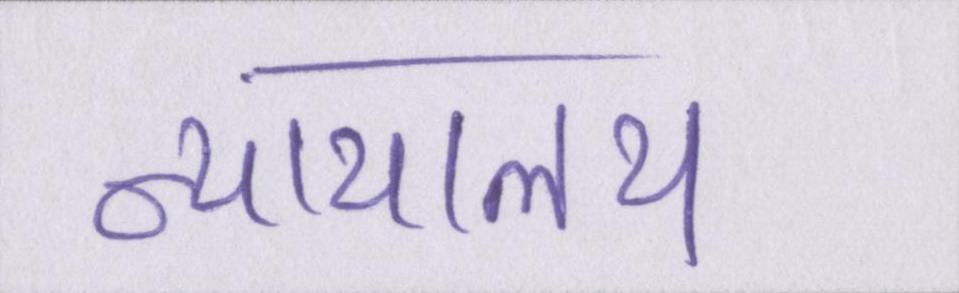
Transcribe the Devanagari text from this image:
न्यायालय